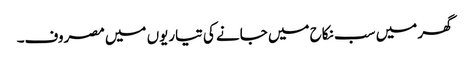
گھر میں سب نکاح میں جانے کی تیاریوں میں مصروف۔